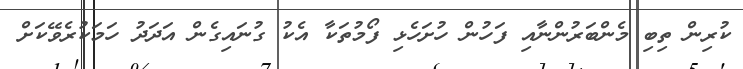
ކުރިން ތިބި މެންބަރުންނާއި ފަހުން ހުށަހެޅި ފޯމުތަކާ އެކު ގުނައިގެން އަދަދު ހަމަކުރެވޭކަށް